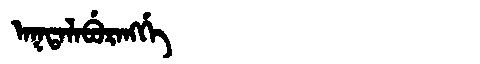
Manchu: ᠠᡴᡨᠠᠯᠠᠪᡠᡵᠠᠩᡤᡝ
Romanization: AKTALABURANGGE